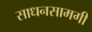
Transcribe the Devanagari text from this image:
साधनसामगी